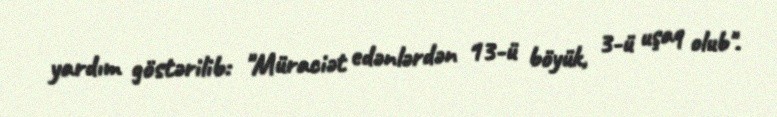
yardım göstərilib: "Müraciət edənlərdən 13-ü böyük, 3-ü uşaq olub".